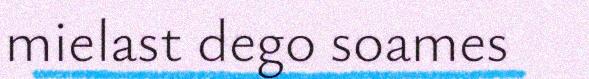
mielast dego soames